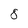
Character: 8